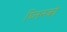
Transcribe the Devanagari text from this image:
ब्लिनको